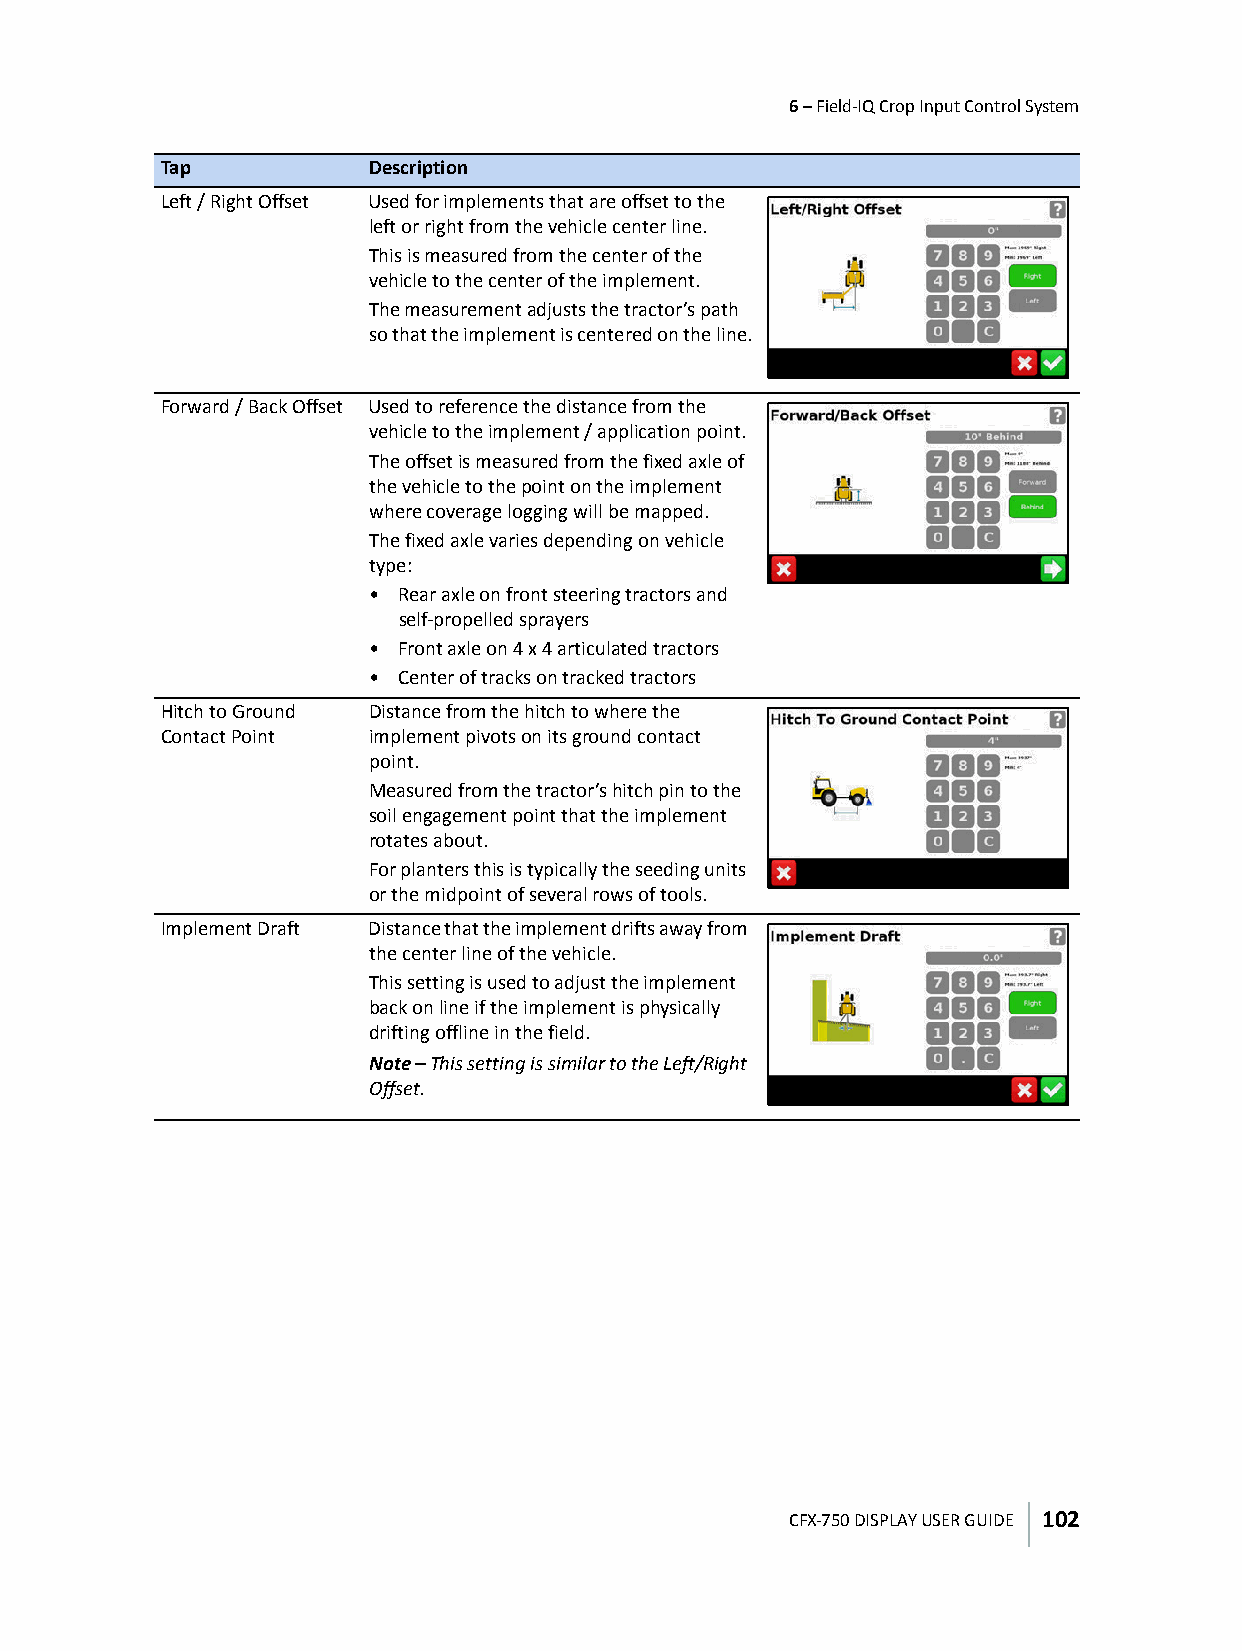
6 – Field-IQ Crop Input Control System
 Tap           Description
 Left / Right Offset Used for implements that are offset to the
 left or right from the vehicle center line.
 This is measured from the center of the
 vehicle to the center of the implement.
 The measurement adjusts the tractor’s path
 so that the implement is centered on the line.
 Forward / Back Offset Used to reference the distance from the
 vehicle to the implement / application point.
 The offset is measured from the fixed axle of
 the vehicle to the point on the implement
 where coverage logging will be mapped.
 The fixed axle varies depending on vehicle
 type:
 • Rear axle on front steering tractors and
 self-propelled sprayers
 • Front axle on 4 x 4 articulated tractors
 • Center of tracks on tracked tractors
 Hitch to Ground Distance from the hitch to where the
 Contact Point implement pivots on its ground contact
 point.
 Measured from the tractor’s hitch pin to the
 soil engagement point that the implement
 rotates about.
 For planters this is typically the seeding units
 or the midpoint of several rows of tools.
 Implement Draft Distance that the implement drifts away from
 the center line of the vehicle.
 This setting is used to adjust the implement
 back on line if the implement is physically
 drifting offline in the field.
 Note – This setting is similar to the Left/Right
 Offset.
 CFX-750 DISPLAY USER GUIDE 102